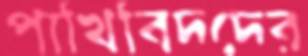
পাখিবিদদের